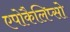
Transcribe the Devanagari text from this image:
एपोकैलिप्सो